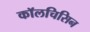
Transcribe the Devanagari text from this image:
कॉलचिसिन